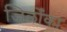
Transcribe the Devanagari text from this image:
जिलोँका